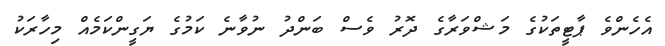
އެހެންވެ ޕާޓީތަކުގެ މަޝްވަރާގެ ދޮރު ވެސް ބަންދު ނުވާނެ ކަމުގެ ޔަގީންކަމެއް މިހާރަކު